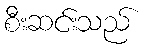
စီးဆင်းသည်